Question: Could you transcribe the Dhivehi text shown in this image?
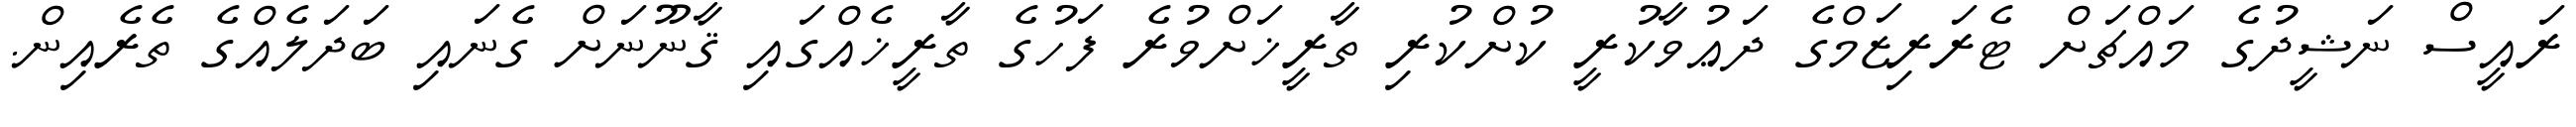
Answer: ރައީސް ނަޝީދުގެ މައްޗަށް ޓެރަރިޒަމްގެ ދަޢުވާކުރީ ކުށްކުރި ތާރީޚަށްވުރެ ފަހުގެ ތާރީޚެއްގައި ޤާނޫނަށް ގެނައި ބަދަލެއްގެ ތެރެއިން.